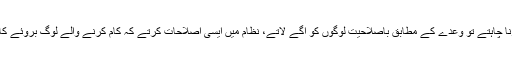
اگر کرنا چاہتے تو وعدے کے مطابق باصلاحیت لوگوں کو آگے لاتے، نظام میں ایسی اصلاحات کرتے کہ کام کرنے والے لوگ بروئے کار آتے۔